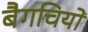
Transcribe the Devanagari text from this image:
बैगचियों